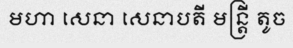
មហា សេនា សេនាបតី មន្ត្រី តូច